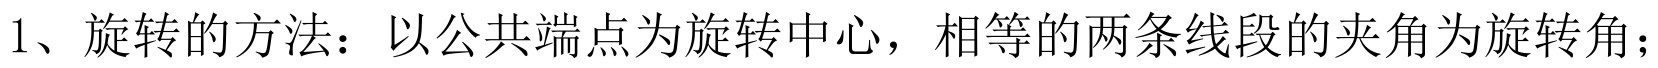
1、旋转的方法：以公共端点为旋转中心，相等的两条线段的夹角为旋转角；